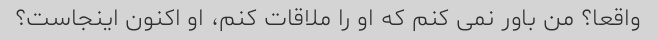
واقعا؟ من باور نمی کنم که او را ملاقات کنم، او اکنون اینجاست؟